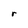
Character: r